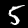
Digit: 5